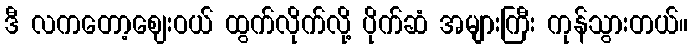
ဒီ လကတော့ဈေးဝယ် ထွက်လိုက်လို့ ပိုက်ဆံ အများကြီး ကုန်သွားတယ်။